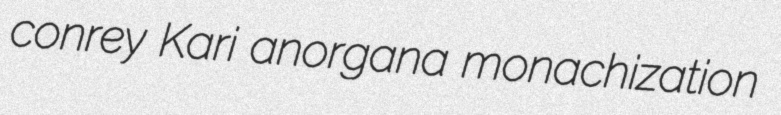
conrey Kari anorgana monachization